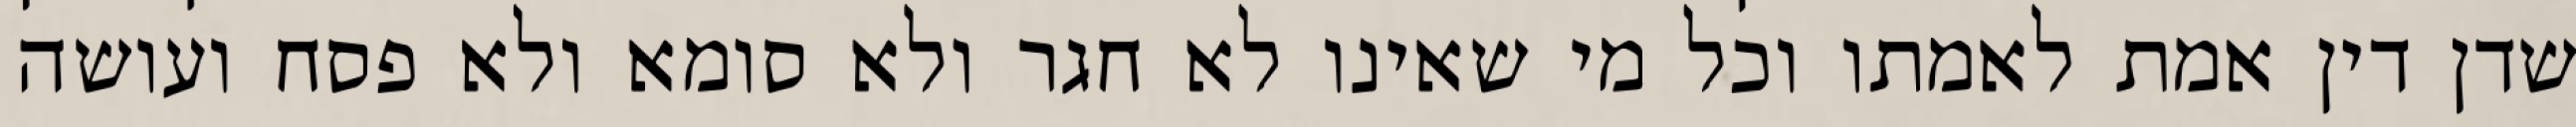
שדן דין אמת לאמתו וכל מי שאינו לא חגר ולא סומא ולא פסח ועושה